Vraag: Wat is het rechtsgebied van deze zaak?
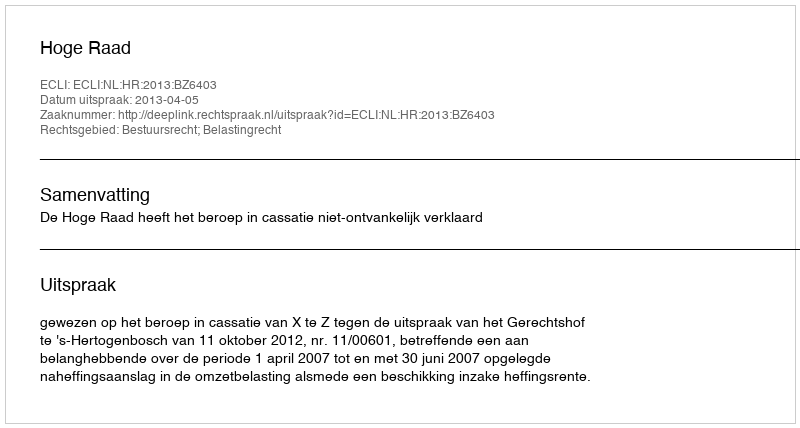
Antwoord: Bestuursrecht; Belastingrecht